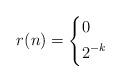
LaTeX: \begin{align*}r(n) = \begin{dcases*}0 & \\2^{-k}\phantom{-} & \end{dcases*}\end{align*}